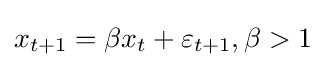
x_{t+1}=\beta {x}_{t}+\varepsilon _{t+1},\beta >1